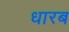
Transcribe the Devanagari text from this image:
धारब